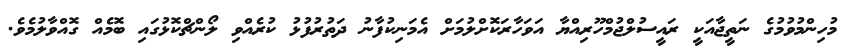
މުހިންމުވުމުގެ ނަތީޖާއަކީ ރައީސުލްޖުމްހޫރިއްޔާ އަވަހާރަކޮށްލުމަށް އެމަނިކުފާނު ދަތުރުފުޅު ކުރެއްވި ލޯންޗްކޮޅުގައި ބޮމެއް ގޮއްވާލުމެވެ.